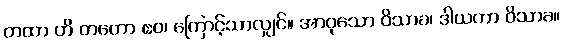
တထာ ဟိ တတော ဧဝ၊ ကြောင့်သာလျှင်။ အာဝုသော ဝိသာခ၊ ဒါယကာ ဝိသာခ။